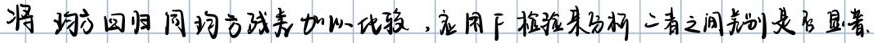
将 均方回归同均方残差加以比较，应用F检验来分析二者之间差别是否显著。